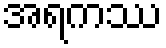
အရကဿ